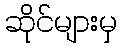
ဆိုင်များမှ